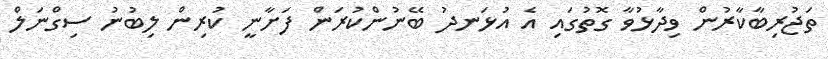
ތަޖުރިބާކާރުން ވިދާޅުވާ ގޮތުގައި އެ އުޅަނދު ބޭނުންކުރަން ފަށާނީ ކުރިން ލިބުނު ސިގްނަލް